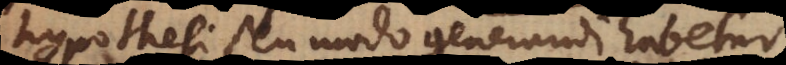
hypothesi seu modo generandi habetur